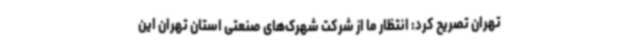
تهران تصریح کرد: انتظار ما از شرکت شهرک‌های صنعتی استان تهران این